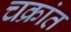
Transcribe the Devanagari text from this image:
चक्रांत